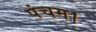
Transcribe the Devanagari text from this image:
पंचम।